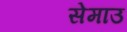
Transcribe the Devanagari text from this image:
सेमाउ